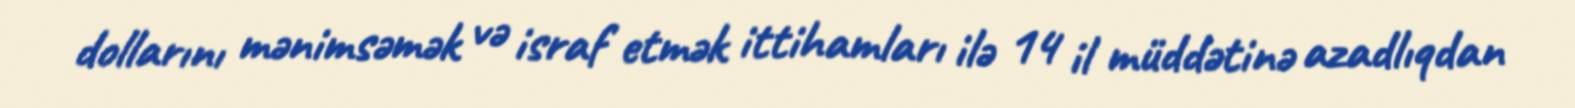
dollarını mənimsəmək və israf etmək ittihamları ilə 14 il müddətinə azadlıqdan